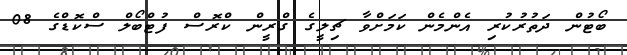
ބޯޓުން ދަތުރުކުރި އެންމެން ކަމަށްވާ ޗިލީގެ ގްރީން ކްރޮސް ފުޓްބޯލް ސްކޮޑްގެ 08